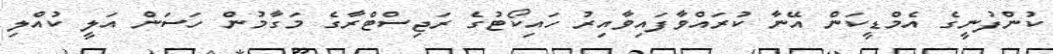
ކުންފުނީގެ އެމްޑީކަން އޭނާ ކުރައްވާފައިވާއިރު ހައިކޯޓުގެ ރަޖިސްޓްރާގެ މަގާމުން ހަސަން އަލީ ކުއްލި